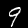
Label: 9